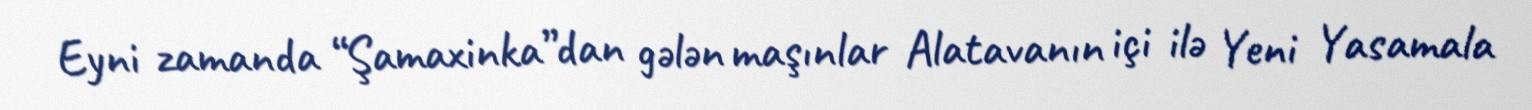
Eyni zamanda “Şamaxinka”dan gələn maşınlar Alatavanın içi ilə Yeni Yasamala